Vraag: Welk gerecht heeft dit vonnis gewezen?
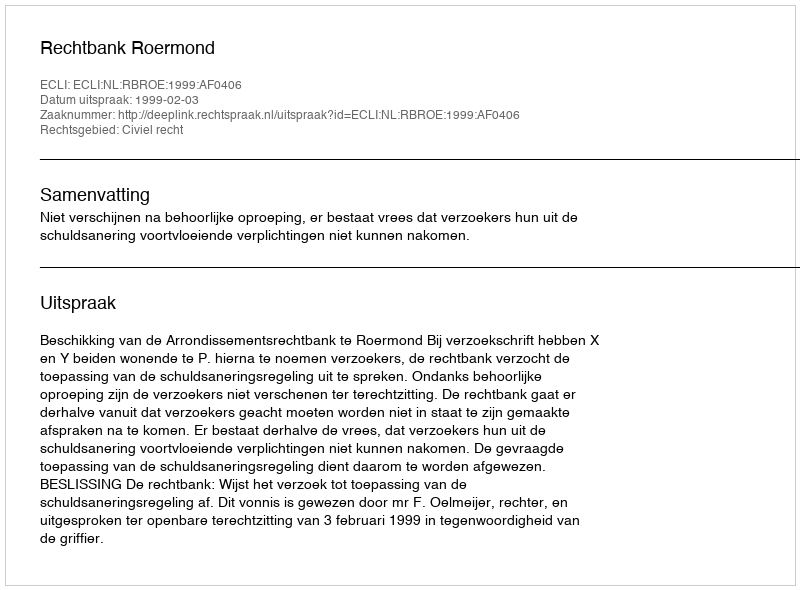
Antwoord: Rechtbank Roermond